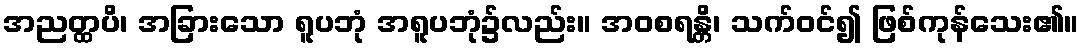
အညတ္ထပိ၊ အခြားသော ရူပဘုံ အရူပဘုံ၌လည်း။ အဝစရန္တိ၊ သက်ဝင်၍ ဖြစ်ကုန်သေး၏။